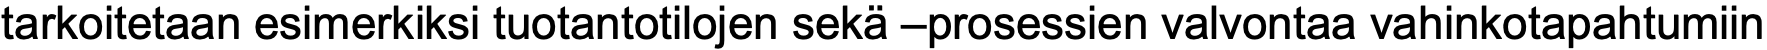
tarkoitetaan esimerkiksi tuotantotilojen sekä –prosessien valvontaa vahinkotapahtumiin